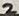
Text: 2